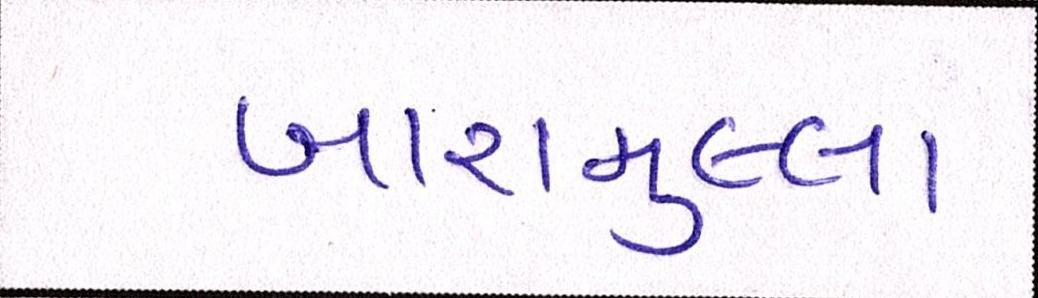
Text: બારામુલ્લા